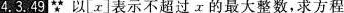
4.3.9∵以[x]表示不超过τ的最大整数，求方程